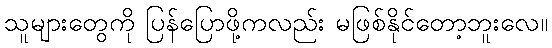
သူများတွေကို ပြန်ပြောဖို့ကလည်း မဖြစ်နိုင်တော့ဘူးလေ။